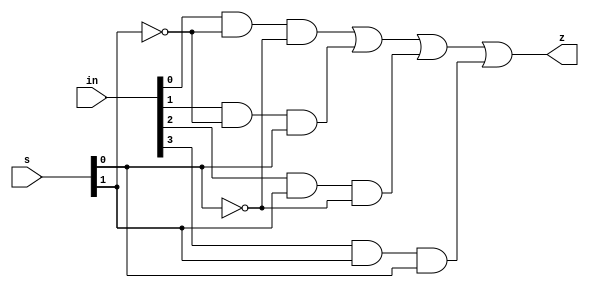

module MUX(
    input [3:0] in,
    input [1:0] s,
    output      z
);


//===================== Your Design Begin=====================
wire n1, n2, n3, n4,notS1,notS0;

not nS1(notS1,s[1]);
not nS0(notS0,s[0]);

and Q1(n1,in[0],notS1,notS0);
and Q2(n2,in[1],notS1,s[0]);
and Q3(n3,in[2],s[1],notS0);
and Q4(n4,in[3],s[1],s[0]);


or out(z,n1,n2,n3,n4);

//===================== Your Design End  =====================

endmodule